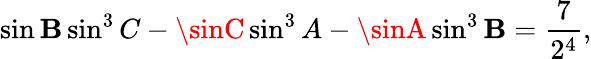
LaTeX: \sin\mathbf{B}\sin^{3}C-\sinC\sin^{3}A-\sinA\sin^{3}\mathbf{B}={\frac{{7}}{{2^{4}}}},